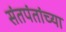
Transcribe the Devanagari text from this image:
संतपंतांच्या